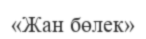
«Жан бөлек»